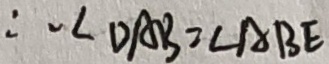
\therefore \angle D A B = \angle A B E